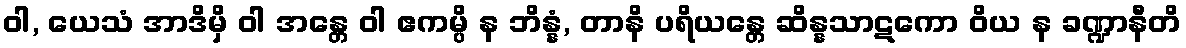
ဝါ, ယေသံ အာဒိမှိ ဝါ အန္တေ ဝါ ဧကမ္ပိ န ဘိန္နံ, တာနိ ပရိယန္တေ ဆိန္နသာဋကော ဝိယ န ခဏ္ဍာနီတိ